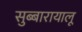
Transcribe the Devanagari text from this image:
सुब्बारायालू